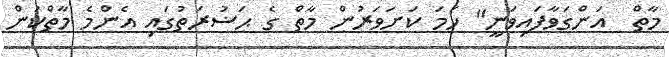
މާތް  އަންގަވާފައިވަނީ'' ހަމަ ކަށަވަރުން މާތް ގެ ޙަޟުރަތުގައި އެންމެ މާތްކަން